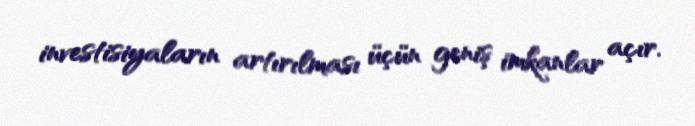
investisiyaların artırılması üçün geniş imkanlar açır.